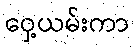
ဝှေ့ယမ်းကာ